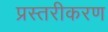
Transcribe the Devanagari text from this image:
प्रस्तरीकरण